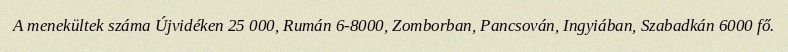
A menekültek száma Újvidéken 25 000, Rumán 6-8000, Zomborban, Pancsován, Ingyiában, Szabadkán 6000 fő.